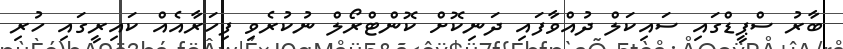
ބާރު ސްޕީޑްގައި ސައިކަލް ދުއްވާފައި ދަނިކޮށް ކޮންޓްރޯލް ނުކުރެވި ފިހަރާއެއް ކައިރީގައި ހުރި